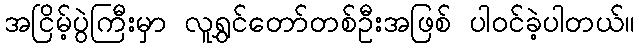
အငြိမ့်ပွဲကြီးမှာ လူရွှင်တော်တစ်ဦးအဖြစ် ပါဝင်ခဲ့ပါတယ်။